Indian journal of veterinary science and animal husbandry - Volume 1,
Year: 1931
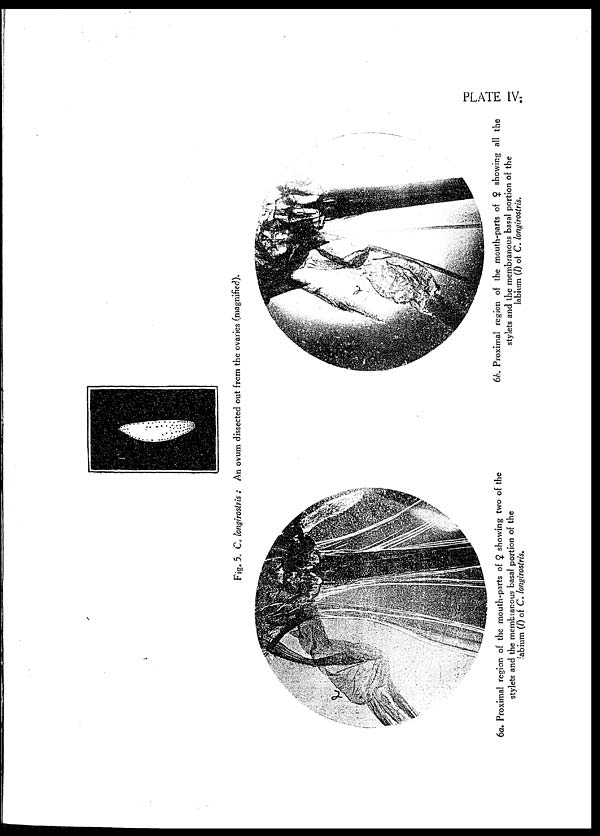
PLATE IV.
Fig. 5. C. longirostris : An ovum dissected out from the ovaries (magnified).
6a.
Proximal region of the mouth-parts of ♀ showing two of the
stylets and the membranous basal portion of the
labium (l)
of C. longirostris.
6b. Proximal region of the mouth-parts of ♀ showing all the
stylets and the membranous basal portion of the
labium (l)
of C. longirostris.